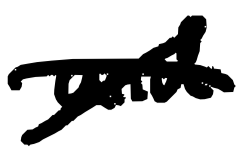
Text: and
Cross-out: cross
Writing tool: digital_black